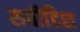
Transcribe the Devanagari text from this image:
सवीडिश